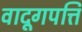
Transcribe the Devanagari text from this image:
वादूगपत्ति